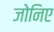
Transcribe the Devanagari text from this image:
जोनिए